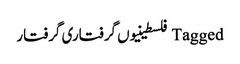
Tagged فلسطینیوں گرفتاری گرفتار